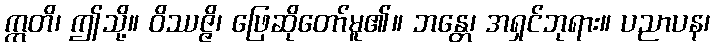
ဣတိ၊ ဤသို့။ ဝိဿဇ္ဇိ၊ ဖြေဆိုတော်မူ၏။ ဘန္တေ၊ အရှင်ဘုရား။ ပညာပန၊